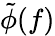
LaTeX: \tilde{\phi}(f)